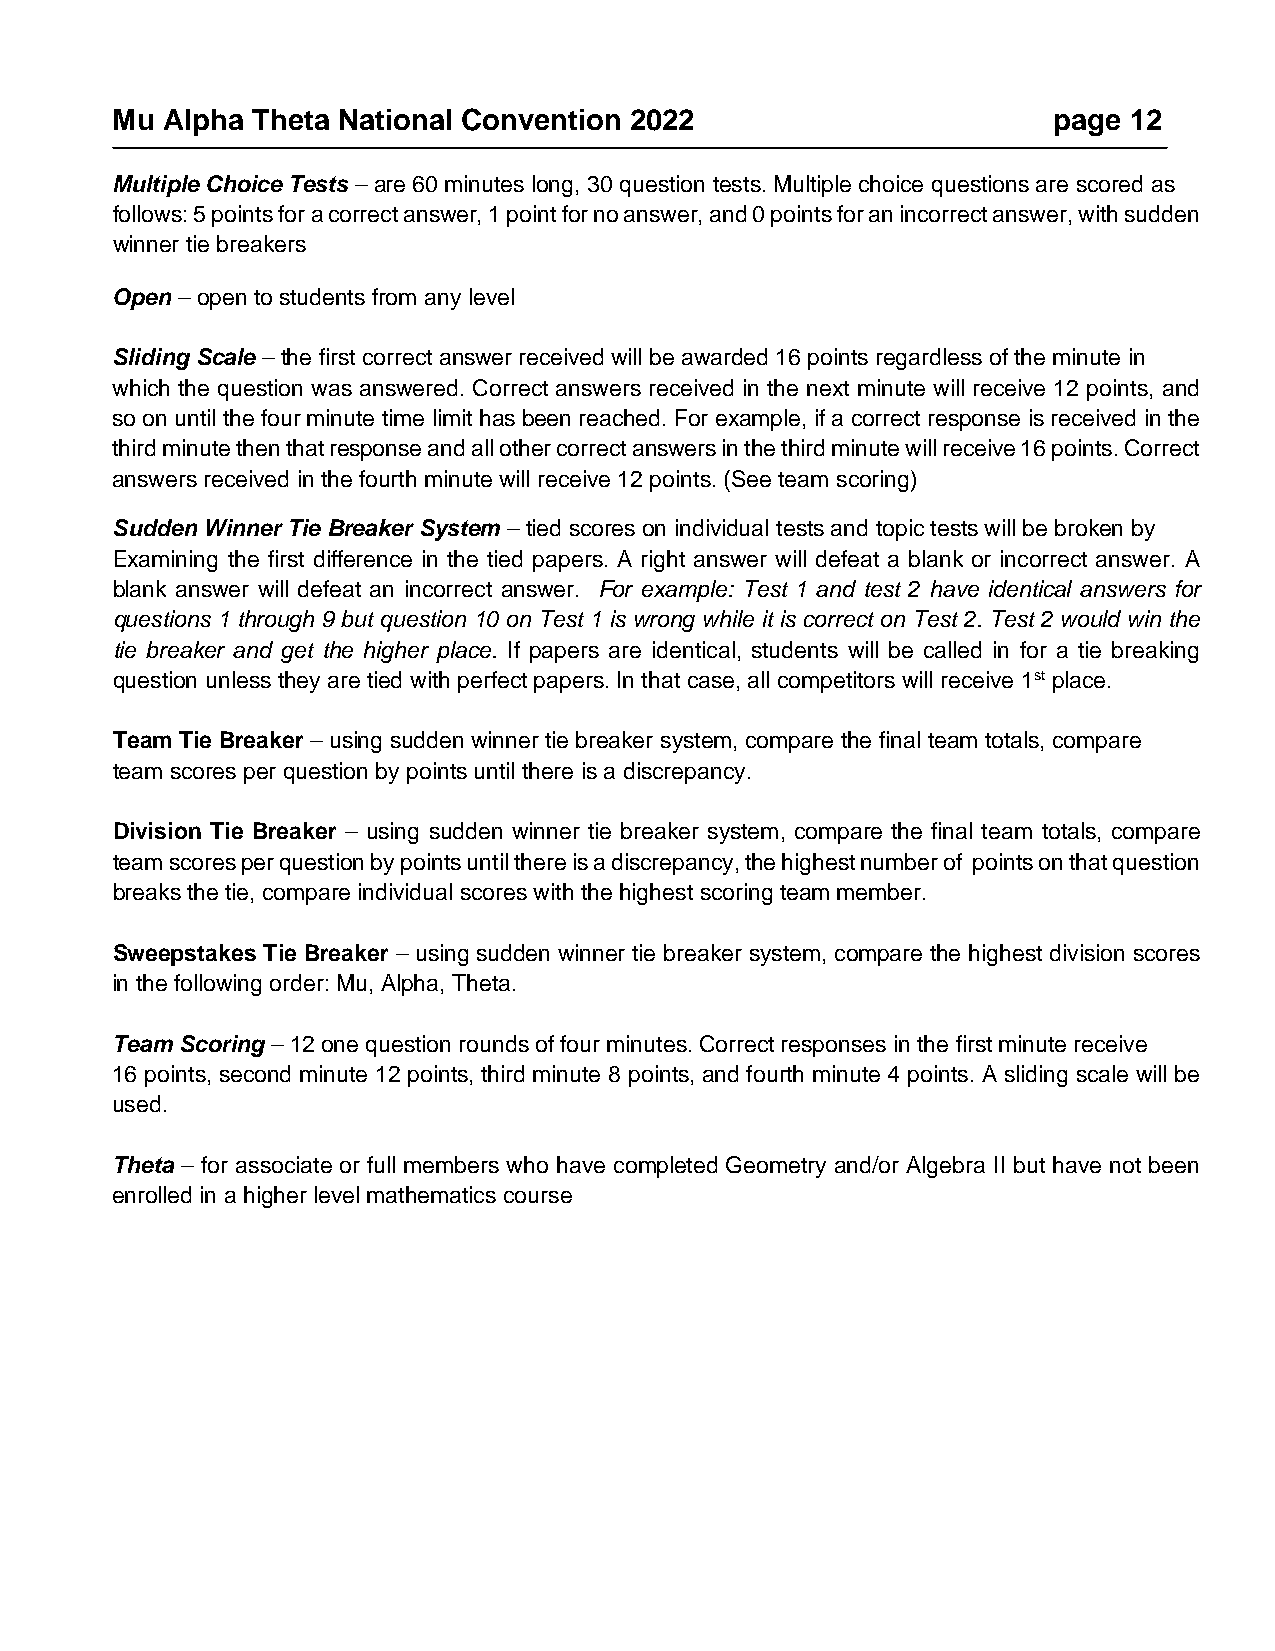
Mu  Alpha Theta National Convention 2022                       page 12
 Multiple Choice Tests – are 60 minutes long, 30 question tests. Multiple choice questions are scored as
 follows: 5 points for a correct answer, 1 point for no answer, and 0 points for an incorrect answer, with sudden
 winner tie breakers
 Open – open to students from any level
 Sliding Scale – the first correct answer received will be awarded 16 points regardless of the minute in
 which the question was answered. Correct answers received in the next minute will receive 12 points, and
 so on until the four minute time limit has been reached. For example, if a correct response is received in the
 third minute then that response and all other correct answers in the third minute will receive 16 points. Correct
 answers received in the fourth minute will receive 12 points. (See team scoring)
 Sudden Winner Tie Breaker System – tied scores on individual tests and topic tests will be broken by
 Examining the first difference in the tied papers. A right answer will defeat a blank or incorrect answer. A
 blank answer will defeat an incorrect answer. For example: Test 1 and test 2 have identical answers for
 questions 1 through 9 but question 10 on Test 1 is wrong while it is correct on Test 2. Test 2 would win the
 tie breaker and get the higher place. If papers are identical, students will be called in for a tie breaking
 question unless they are tied with perfect papers. In that case, all competitors will receive 1st place.
 Team Tie Breaker – using sudden winner tie breaker system, compare the final team totals, compare
 team scores per question by points until there is a discrepancy.
 Division Tie Breaker – using sudden winner tie breaker system, compare the final team totals, compare
 team scores per question by points until there is a discrepancy, the highest number of points on that question
 breaks the tie, compare individual scores with the highest scoring team member.
 Sweepstakes Tie Breaker – using sudden winner tie breaker system, compare the highest division scores
 in the following order: Mu, Alpha, Theta.
 Team Scoring – 12 one question rounds of four minutes. Correct responses in the first minute receive
 16 points, second minute 12 points, third minute 8 points, and fourth minute 4 points. A sliding scale will be
 used.
 Theta – for associate or full members who have completed Geometry and/or Algebra II but have not been
 enrolled in a higher level mathematics course